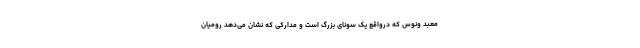
معبد ونوس که درواقع یک سونای بزرگ است و مدارکی که نشان می‌دهد رومیان